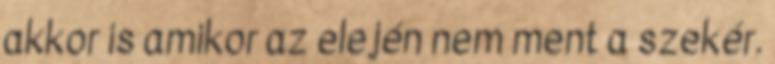
akkor is amikor az elején nem ment a szekér.